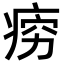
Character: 𪽱